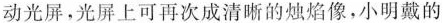
动光屏，光屏上可再次成清晰的烛焰像，小明戴的